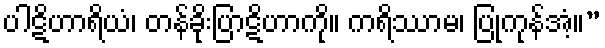
ပါဋိဟာရိယံ၊ တန်ခိုးပြာဋိဟာကို။ ကရိဿာမ၊ ပြုကုန်အံ့။”